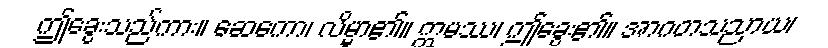
ဤခွေးသည်ကား။ ဆေကော၊ လိမ္မာ၏။ ဣမဿ၊ ဤခွေး၏။ အာဂတသညာယ၊